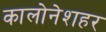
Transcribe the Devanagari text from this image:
कालोनेशहर